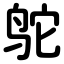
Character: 鸵